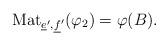
LaTeX: \begin{align*} \mathrm{Mat}_{\underline{e}',\underline{f}'}(\varphi_2)=\varphi(B).\end{align*}